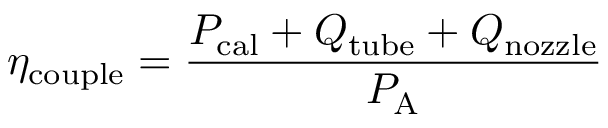
\eta _ { \mathrm { c o u p l e } } = \frac { P _ { \mathrm { c a l } } + Q _ { \mathrm { t u b e } } + Q _ { \mathrm { n o z z l e } } } { P _ { \mathrm { A } } }